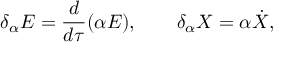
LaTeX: \delta _ { \alpha } E = \frac { d } { d \tau } ( \alpha E ) , \qquad \delta _ { \alpha } X = \alpha \dot { X } ,